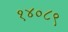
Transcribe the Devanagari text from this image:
१४०८९